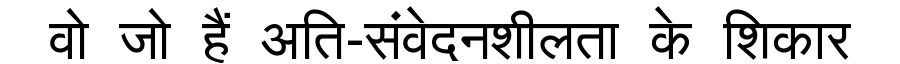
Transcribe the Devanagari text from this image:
वो जो हैं अति-संवेदनशीलता के शिकार